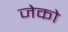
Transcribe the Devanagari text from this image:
जेको